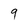
Character: 9